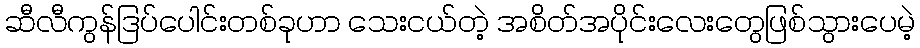
ဆီလီကွန်ဒြပ်ပေါင်းတစ်ခုဟာ သေးငယ်တဲ့ အစိတ်အပိုင်းလေးတွေဖြစ်သွားပေမဲ့